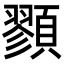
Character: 顟